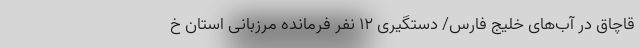
قاچاق در آب‌های خلیج فارس/ دستگیری 12 نفر فرمانده مرزبانی استان خ